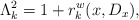
\begin{align*}\Lambda_k^2=1+r_k^w(x,D_x),\end{align*}